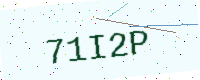
Text: 71I2P